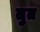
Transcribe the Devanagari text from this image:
तुत